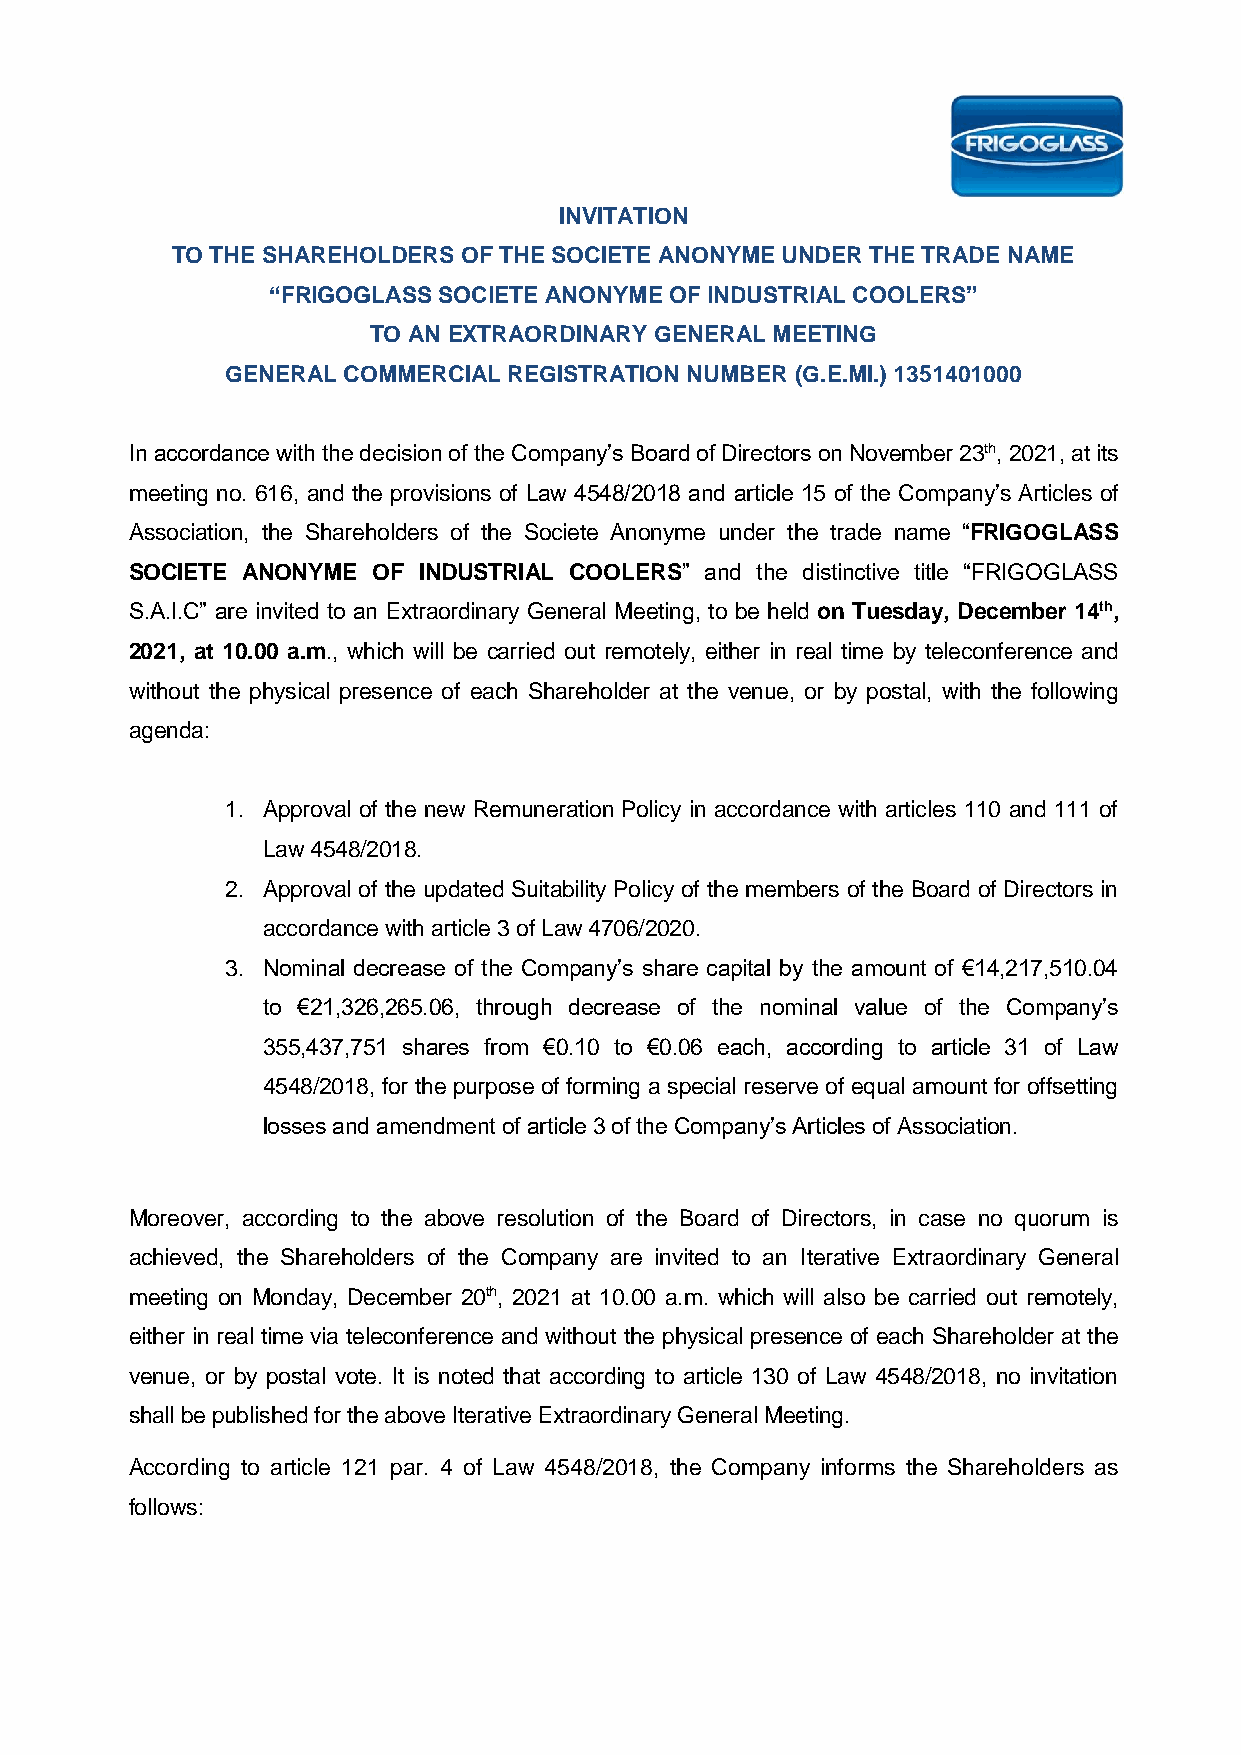
INVITATION
 TO THE SHAREHOLDERS OF THE SOCIETE ANONYME UNDER THE TRADE NAME
 “FRIGOGLASS SOCIETE ANONYME OF INDUSTRIAL COOLERS”
 TO AN EXTRAORDINARY GENERAL MEETING
 GENERAL COMMERCIAL REGISTRATION NUMBER (G.E.MI.) 1351401000
 In accordance with the decision of the Company’s Board of Directors on November 23th, 2021, at its
 meeting no. 616, and the provisions of Law 4548/2018 and article 15 of the Company’s Articles of
 Association, the Shareholders of the Societe Anonyme under the trade name “FRIGOGLASS
 SOCIETE ANONYME OF INDUSTRIAL COOLERS” and the distinctive title “FRIGOGLASS
 S.A.I.C” are invited to an Extraordinary General Meeting, to be held on Tuesday, December 14th,
 2021, at 10.00 a.m., which will be carried out remotely, either in real time by teleconference and
 without the physical presence of each Shareholder at the venue, or by postal, with the following
 agenda:
 1. Approval of the new Remuneration Policy in accordance with articles 110 and 111 of
 Law 4548/2018.
 2. Approval of the updated Suitability Policy of the members of the Board of Directors in
 accordance with article 3 of Law 4706/2020.
 3. Nominal decrease of the Company’s share capital by the amount of €14,217,510.04
 to €21,326,265.06, through decrease of the nominal value of the Company’s
 355,437,751 shares from €0.10 to €0.06 each, according to article 31 of Law
 4548/2018, for the purpose of forming a special reserve of equal amount for offsetting
 losses and amendment of article 3 of the Company’s Articles of Association.
 Moreover, according to the above resolution of the Board of Directors, in case no quorum is
 achieved, the Shareholders of the Company are invited to an Iterative Extraordinary General
 meeting on Monday, December 20th, 2021 at 10.00 a.m. which will also be carried out remotely,
 either in real time via teleconference and without the physical presence of each Shareholder at the
 venue, or by postal vote. It is noted that according to article 130 of Law 4548/2018, no invitation
 shall be published for the above Iterative Extraordinary General Meeting.
 According to article 121 par. 4 of Law 4548/2018, the Company informs the Shareholders as
 follows: